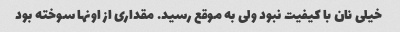
خیلی نان با کیفیت نبود ولی به موقع رسید. مقداری از اونها سوخته بود